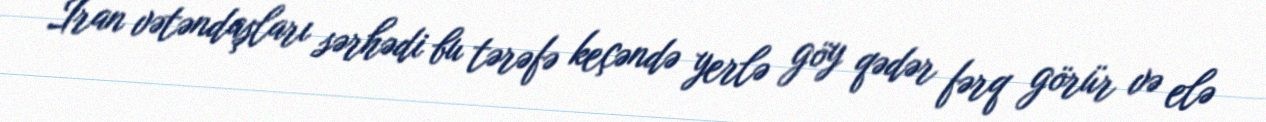
İran vətəndaşları sərhədi bu tərəfə keçəndə yerlə göy qədər fərq görür və elə